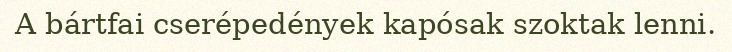
A bártfai cserépedények kapósak szoktak lenni.